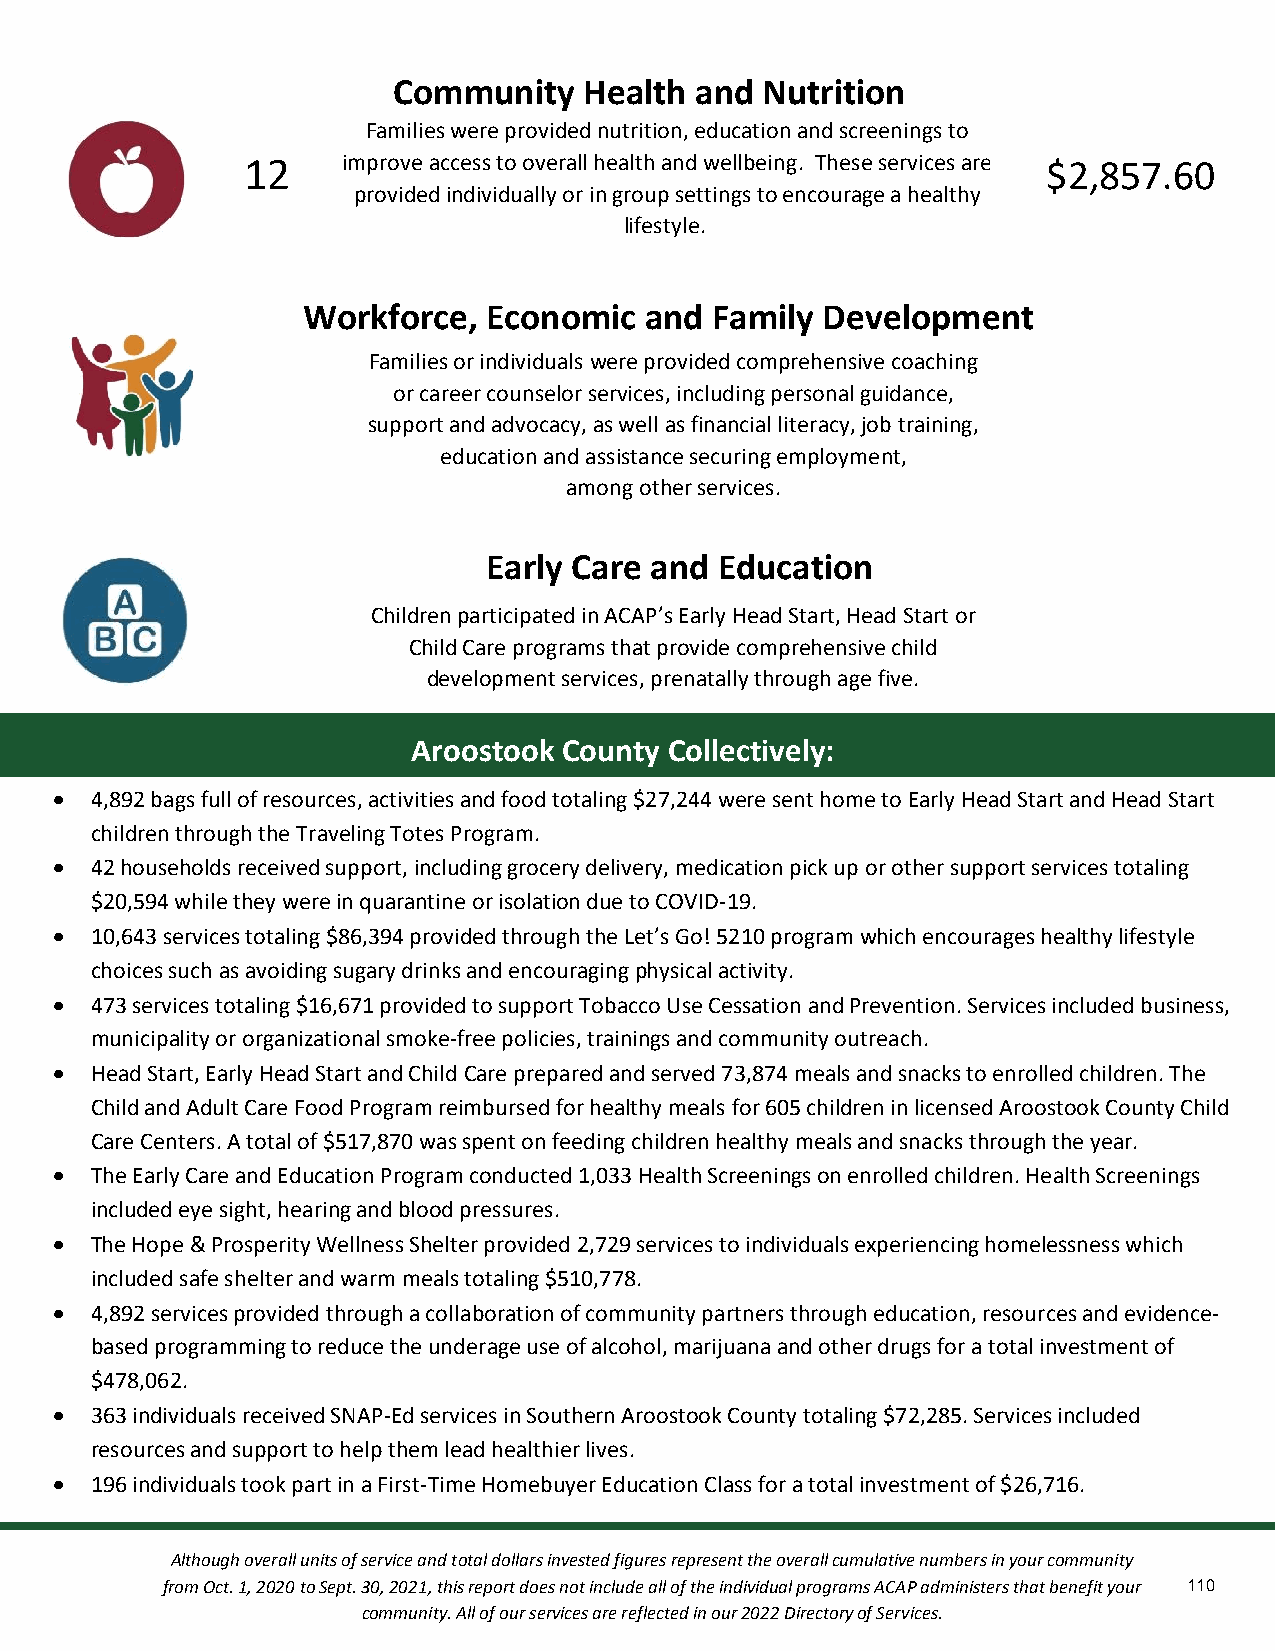
Community    Health and Nutrition
 Families were provided nutrition, education and screenings to
 12     imp rove access to overall healt&h a nd wellbeing. These services are $2,857.60
 provided individually or in group settings to encourage a healthy
 lifestyle.
 cation
 Workforce,  Economic   and Family Development
 Families or individuals were provided comprehensive coaching
 or career counselor services, including personal guidacnacet,i on
 support and advocacy, as well as financial literacy, job training,
 education and assistance securing employment,
 among other services.
 Early Care and  Education
 Children participated in ACAP’s Early Head Start, Head Start or
 Child Care programs that provide comprehensive child
 development services, prenatally through age five.
 Aroostook County Collectively:
  4,892 bags full of resources, activities and food totaling $27,244 were sent home to Early Head Start and Head Start
 children through the Traveling Totes Program.
  42 households received support, including grocery delivery, medication pick up or other support services totaling
 $20,594 while they were in quarantine or isolation due to COVID-19.
  10,643 services totaling $86,394 provided through the Let’s Go! 5210 program which encourages healthy lifestyle
 choices such as avoiding sugary drinks and encouraging physical activity.
  473 services totaling $16,671 provided to support Tobacco Use Cessation and Prevention. Services included business,
 municipality or organizational smoke-free policies, trainings and community outreach.
  Head Start, Early Head Start and Child Care prepared and served 73,874 meals and snacks to enrolled children. The
 Child and Adult Care Food Program reimbursed for healthy meals for 605 children in licensed Aroostook County Child
 Care Centers. A total of $517,870 was spent on feeding children healthy meals and snacks through the year.
  The Early Care and Education Program conducted 1,033 Health Screenings on enrolled children. Health Screenings
 included eye sight, hearing and blood pressures.
  The Hope & Prosperity Wellness Shelter provided 2,729 services to individuals experiencing homelessness which
 included safe shelter and warm meals totaling $510,778.
  4,892 services provided through a collaboration of community partners through education, resources and evidence-
 based programming to reduce the underage use of alcohol, marijuana and other drugs for a total investment of
 $478,062.
  363 individuals received SNAP-Ed services in Southern Aroostook County totaling $72,285. Services included
 resources and support to help them lead healthier lives.
  196 individuals took part in a First-Time Homebuyer Education Class for a total investment of $26,716.
 Although overall units of service and total dollars invested figures represent the overall cumulative numbers in your community
 from Oct. 1, 2020 to Sept. 30, 2021, this report does not include all of the individual programs ACAP administers that benefit your 110
 community. All of our services are reflected in our 2022 Directory of Services.